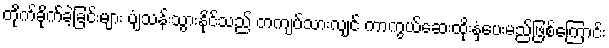
တိုက်ခိုက်ခဲ့ခြင်းများ ပျံသန်းသွားနိုင်သည် တကျပ်သားလျင် ကာကွယ်ဆေးထိုးနှံပေးမည်ဖြစ်ကြောင်း